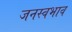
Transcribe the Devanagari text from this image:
जनस्वभाव